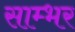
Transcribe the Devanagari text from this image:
साम्‍भर